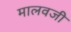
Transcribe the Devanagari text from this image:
मालवजी